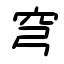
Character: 穹